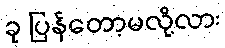
ခု ပြန်တော့မလို့လား